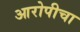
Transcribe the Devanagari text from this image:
आरोपीचा